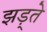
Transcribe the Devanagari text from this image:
झड़्ते